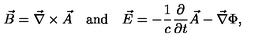
\vec { B } = \vec { \nabla } \times \vec { A } \quad \mathrm { a n d } \quad \vec { E } = - \frac { 1 } { c } \frac { \partial } { \partial t } \vec { A } - \vec { \nabla } \Phi ,